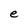
Character: e